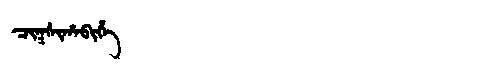
Manchu: ᠴᡳᡴᠰᡳᡥᠠᠪᡳᡥᡝ
Romanization: CIKSIHABIHE